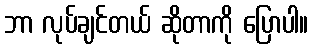
ဘာ လုပ်ချင်တယ် ဆိုတာကို ပြောပါ။